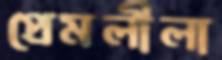
প্রেমলীলা